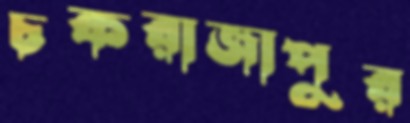
চকরাজাপুর